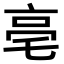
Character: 亳